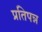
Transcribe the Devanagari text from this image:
प्रतिपन्न